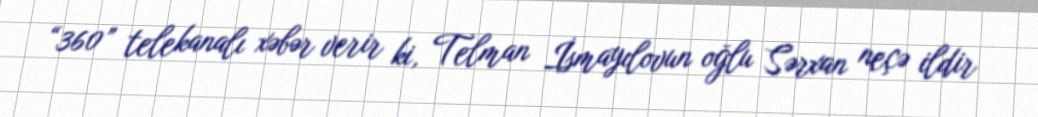
“360” telekanalı xəbər verir ki, Telman İsmayılovun oğlu Sərxan neçə ildir